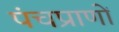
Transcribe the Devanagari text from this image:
पंचप्राणों